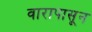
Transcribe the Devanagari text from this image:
वारापासून